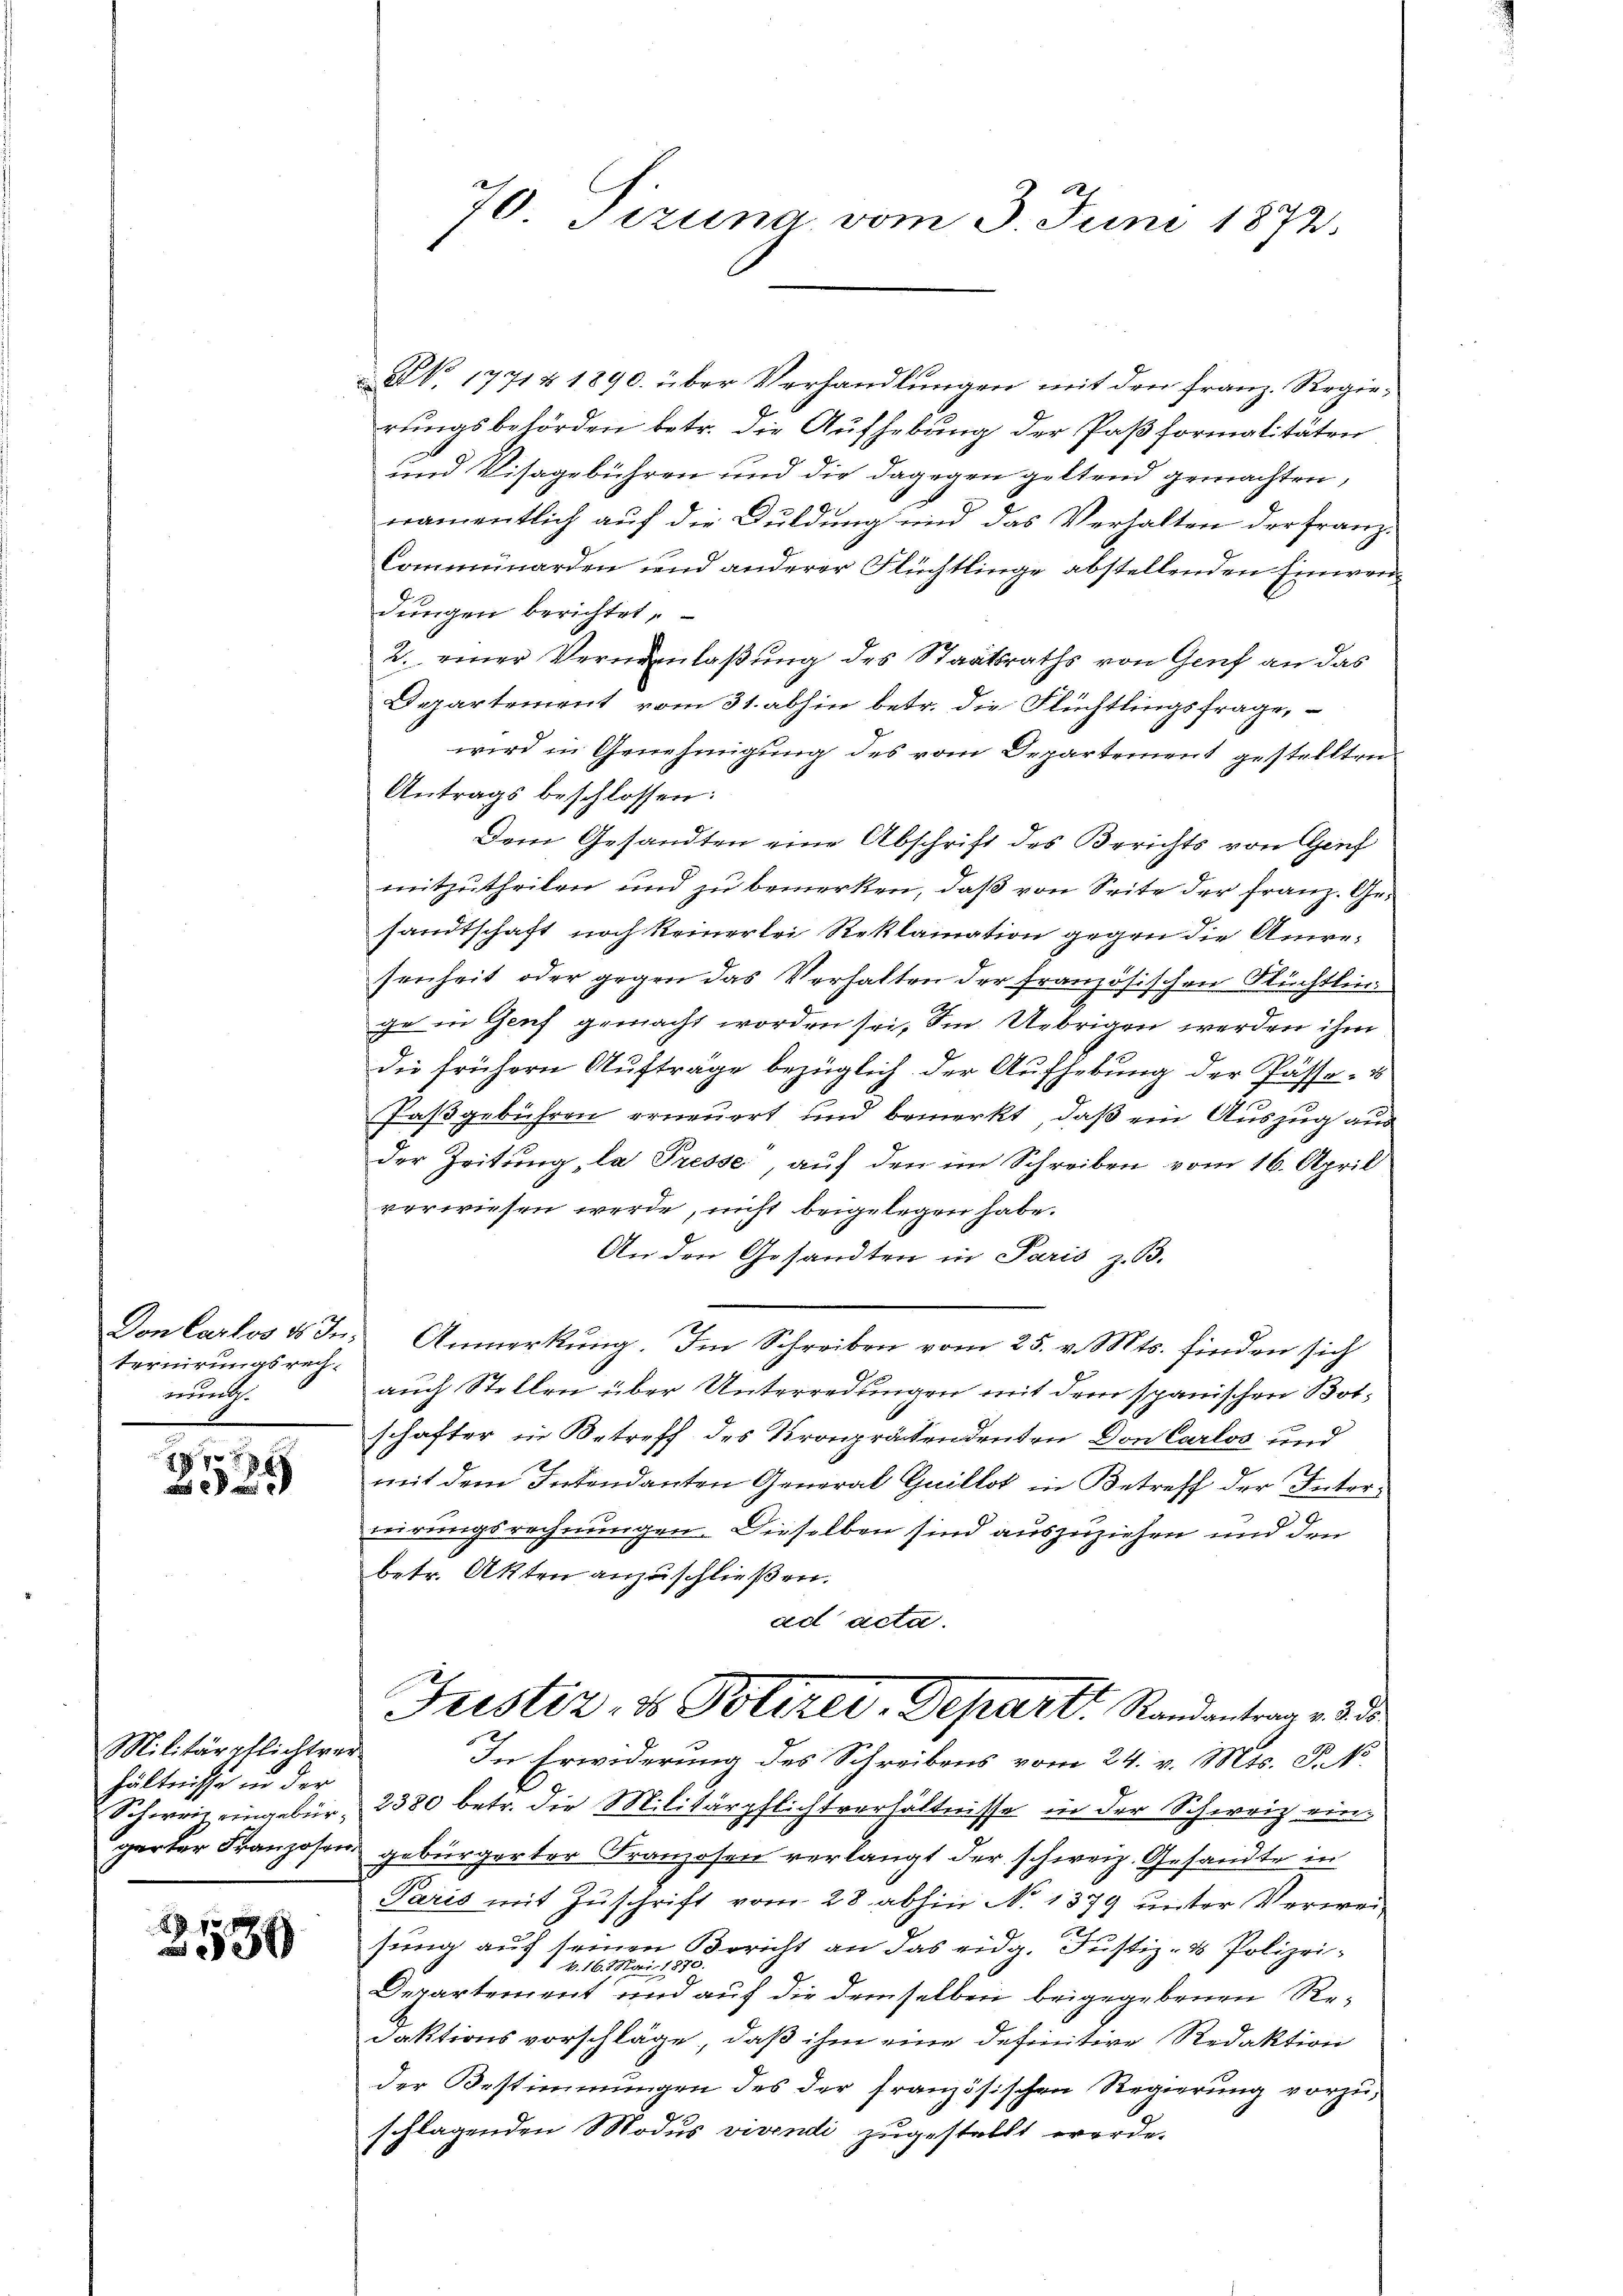
teruirungsrech-
errath.

17 x

Militärpflichtver
hältnisse in der
Schweiz eingebür¬

3539

70 Tizuna vom 3. Juni 1872.

NNo. 1771 & 1890. über Verhandlungen mit den Franz. Regierungsbehörden betr. die Aufhebung der Paß formalitäten
und Visagebühren und die dagegen geltend gemachten,
namentlich auf die Duldung und das Verhalten der Franz-
Commünarden und anderer Flüchtlinge abstellenden Einwendungen berichtet,
2. einer Verminlaßung des Staatsraths von Genf an das
Departement vom 31. abhin betr. die Flüchtlingsfrage,
wird in Genehmigung des vom Departement gestellten
Antrags beschlossen:
Dem Gesandten eine Abschrift des Berichts von Genf
mitzutheilen und zu bemerken, daß von Seite der Franz. Gesandtschaft noch keinerlei Reklamation gegen die Anresenheit oder gegen das Verhalten der französischen Flüchtling
ge in Genf gemacht worden sei. Im Uebrigen werden ihm
die frühern Aufträge bezüglich der Aufhebung der Pässe- u
Paßgebühren erneuert, und bemerkt, daß ein Auszug aus
der Zeitung, la Presse, auf den im Schreiben vom 16. April
verwiesen werde, nicht beigelegen habe.
An den Gesandten in Paris z. B.
Don Carlos ds In Anmerkŭng. Im Schreiben vom 25. v. Mts. finden sich
auch Stellen über Unterredungen mit dem spanischen Botschafter in Betreff des Kronprätendenten Don Carlos und
mit dem Intendanten General Guillos in Betreff der Intercirungsrechnungen. Dieselben sind auszuziehen und den
betr. Akten anzuschließen.
ad acta.
Justiz- & Polizei-Depart Randantrag v. 3.
In Erwiderung des Schreibens vom 24. v. Mts. P. M.
2380 betr. die Militärpflichtverhältnisse in der Schweiz eingarter Franzosen gebürgerter Franzosen verlangt der schweiz. Gesandte in
Paris mit Zuschrift vom 28. abhin No 1379 unter Verweisung auf seinen Bericht an das eidg. Justiz- & Polizei¬
Mai 1873.
N. 16.
Departement und auf die demselben beigegebenen Redaktionsvorschläge, daß ihm eine definitive Redaktion
der Bestimmungen des der französischen Regierung vorzuschlagenden Modus vivendi zugestellt werde.